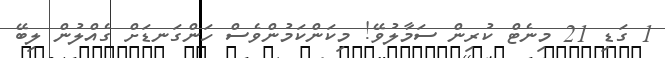
1 ގަޑި 21 މިނެޓް ކުރިން ސަމާލުވޭ! މިކަންކަމުންވެސް ހަންގަނޑަށް ގެއްލުން ލިބޭ